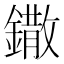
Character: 鏾